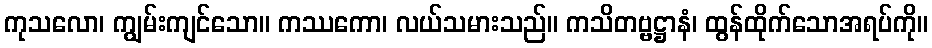
ကုသလော၊ ကျွမ်းကျင်သော။ ကဿကော၊ လယ်သမားသည်။ ကသိတဗ္ဗဋ္ဌာနံ၊ ထွန်ထိုက်သောအရပ်ကို။